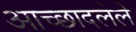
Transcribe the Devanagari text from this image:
अाच्छादलेले